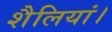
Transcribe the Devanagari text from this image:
शैलियां।